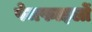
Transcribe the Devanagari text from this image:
पेजफाइलों